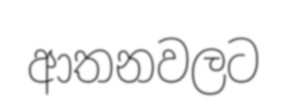
ආතනවලට